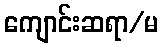
ကျောင်းဆရာ/မ